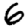
Digit: 6